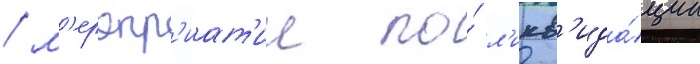
/ м'еропр'иат'ии по́ л'икв'ида́ции